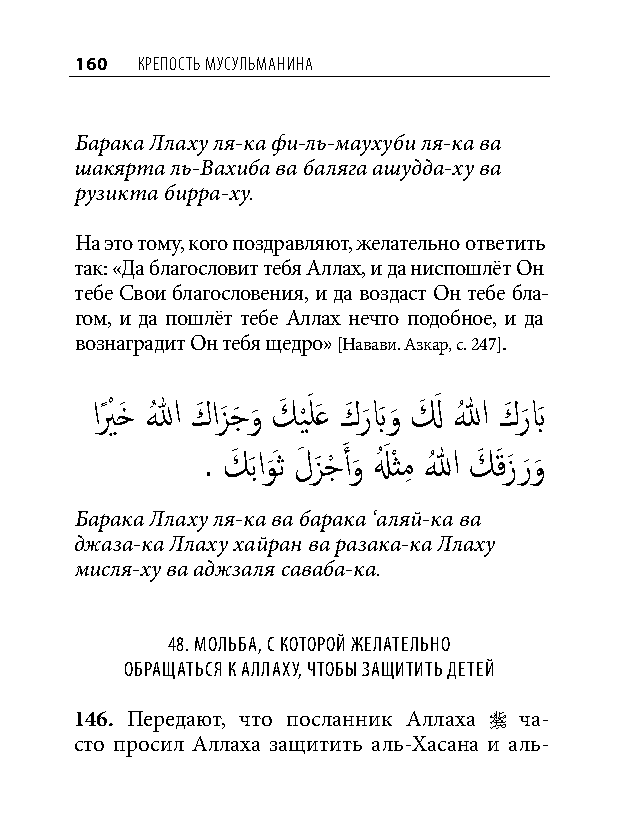
160 КреПость мусульманина
 Барака Ллаху ля-ка фи-ль-маухуби ля-ка ва
 шакярта ль-Вахиба ва баляга ашудда-ху ва
 рузикта бирра-ху.
 На это тому, кого поздравляют, желательно ответить
 так: «Да благословит тебя Аллах, и да ниспошлёт Он
 тебе Свои благословения, и да воздаст Он тебе бла-
 гом, и да пошлёт тебе Аллах нечто подобное, и да
 вознаградит Он тебя щедро» [Навави. Азкар, с. 247].
 ايً ْ خَ اللهُ كَ ازَ جَ و
 َ
 كَ ي َْ لَع كَ ر
 َ
 بَو
 َ
 لَ َ اللهُ كَ ر
 َ
 بَ
 . كَ َباو ََث لَ زَ جْ َ أو
 َ
 لُ َ ْثمِ اللهُ كَ َقزَ ر َو
 َ
 Барака Ллаху ля-ка ва барака ‘аляй-ка ва
 джаза-ка Ллаху хайран ва разака-ка Ллаху
 мисля-ху ва аджзаля саваба-ка.
 48. мольба, С которой желательно
 обращатьСя к аллаху, чтобы защитить детей
 146. Передают, что посланник Аллаха  ча-
 сто просил Аллаха защитить аль-Хасана и аль-